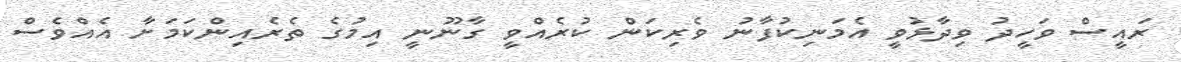
ރައީސް ވަހީދު ވިދާޅުވީ އެމަނިކުފާނު ވެެރިކަން ކުރެެއްވީ ގާނޫނީ އިމުގެ ތެރެއިންކަމަށާ އެއްވެސް